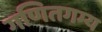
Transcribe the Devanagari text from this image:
गणितगम्य